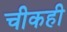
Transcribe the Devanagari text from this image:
चीकही